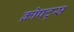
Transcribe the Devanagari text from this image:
क्रोफ्ट्स